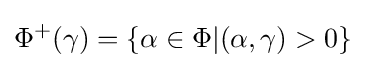
\Phi ^{+}(\gamma )=\{\alpha \in \Phi |(\alpha ,\gamma )>0\}